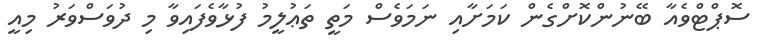
ސޮޕްޓްވެއާ ބޭނުންކޮށްގެން ކަމަށާއި ނަމަވެސް މަތީ ތަޢުލީމު ފުޅާވެފައިވާ މި ދުވަސްވަރު މިއީ